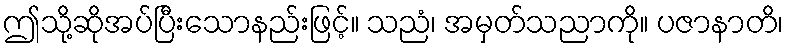
ဤသို့ဆိုအပ်ပြီးသောနည်းဖြင့်။ သညံ၊ အမှတ်သညာကို။ ပဇာနာတိ၊